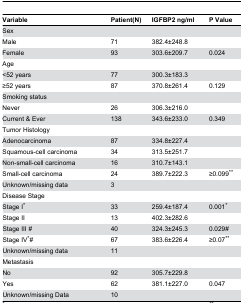
<table><thead><tr><td><b>Variable</b></td><td><b>Patient(N)</b></td><td><b>IGFBP2 ng/ml</b></td><td><b>P Value</b></td></tr></thead><tbody><tr><td>Sex</td><td></td><td></td><td></td></tr><tr><td>Male</td><td>71</td><td>382.4±248.8</td><td></td></tr><tr><td>Female</td><td>93</td><td>303.6±209.7</td><td>0.024</td></tr><tr><td>Age</td><td></td><td></td><td></td></tr><tr><td>&lt;52 years</td><td>77</td><td>300.3±183.3</td><td></td></tr><tr><td>≥52 years</td><td>87</td><td>370.8±261.4</td><td>0.129</td></tr><tr><td>Smoking status</td><td></td><td></td><td></td></tr><tr><td>Never</td><td>26</td><td>306.3±216.0</td><td></td></tr><tr><td>Current &amp; Ever</td><td>138</td><td>343.6±233.0</td><td>0.349</td></tr><tr><td>Tumor Histology</td><td></td><td></td><td></td></tr><tr><td>Adenocarcinoma</td><td>87</td><td>334.8±227.4</td><td></td></tr><tr><td>Squamous-cell carcinoma</td><td>34</td><td>313.5±251.7</td><td></td></tr><tr><td>Non-small-cell carcinoma</td><td>16</td><td>310.7±143.1</td><td></td></tr><tr><td>Small-cell carcinoma</td><td>24</td><td>389.7±222.3</td><td>≥0.099<sup>**</sup></td></tr><tr><td>Unknown/missing data</td><td>3</td><td></td><td></td></tr><tr><td>Disease Stage</td><td></td><td></td><td></td></tr><tr><td>Stage I<sup>*</sup></td><td>33</td><td>259.4±187.4</td><td>0.001<sup>*</sup></td></tr><tr><td>Stage II</td><td>13</td><td>402.3±282.6</td><td></td></tr><tr><td>Stage III #</td><td>40</td><td>324.3±245.3</td><td>0.029#</td></tr><tr><td>Stage IV<sup>*</sup>#</td><td>67</td><td>383.6±226.4</td><td>≥0.07<sup>**</sup></td></tr><tr><td>Unknown/missing data</td><td>11</td><td></td><td></td></tr><tr><td>Metastasis</td><td></td><td></td><td></td></tr><tr><td>No</td><td>92</td><td>305.7±229.8</td><td></td></tr><tr><td>Yes</td><td>62</td><td>381.1±227.0</td><td>0.047</td></tr><tr><td>Unknown/missing Data</td><td>10</td><td></td><td></td></tr></tbody></table>